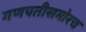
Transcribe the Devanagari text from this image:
गणपतीसमोरच